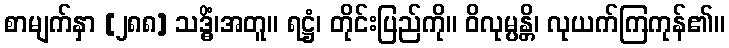
စာမျက်နှာ [၂၈၈] သဒ္ဓိံ၊အတူ။ ရဋ္ဌံ၊ တိုင်းပြည်ကို။ ဝိလုမ္ပန္တိ၊ လုယက်ကြကုန်၏။